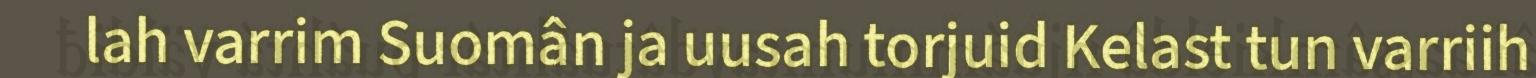
lah varrim Suomân ja uusah torjuid Kelast tun varriih